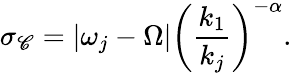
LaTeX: \sigma_{\mathscr{C}}=|\omega_{j}-\Omega|\left(\frac{{k_{1}}}{{k_{j}}}\right)^{-\alpha}.